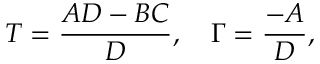
T = \frac { A D - B C } { D } , \quad \Gamma = \frac { - A } { D } ,